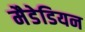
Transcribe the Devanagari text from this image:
मैडेडियन